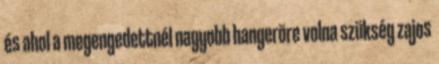
és ahol a megengedettnél nagyobb hangerõre volna szükség zajos